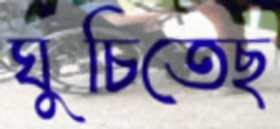
ঘুচিতেছ